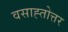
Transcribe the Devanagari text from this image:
वसाह्तोत्तर